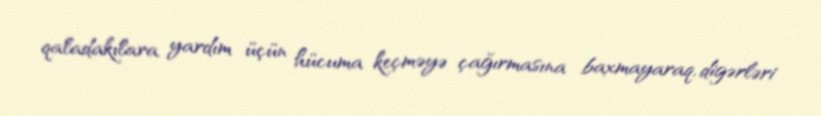
qaladakılara yardım üçün hücuma keçməyə çağırmasına baxmayaraq, digərləri